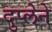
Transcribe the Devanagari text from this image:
दुप्लेने